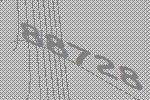
88728